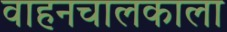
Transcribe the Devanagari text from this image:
वाहनचालकाला